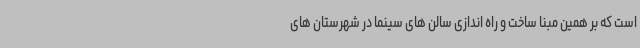
است که بر همین مبنا ساخت و راه اندازی سالن های سینما در شهرستان های